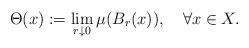
LaTeX: \begin{align*}\Theta(x):=\lim_{r\downarrow 0}\mu(B_r(x)),\quad\forall x\in X.\end{align*}